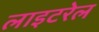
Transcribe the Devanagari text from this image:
लाइटरेल